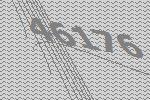
46176